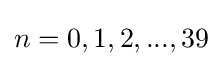
n=0,1,2,...,39